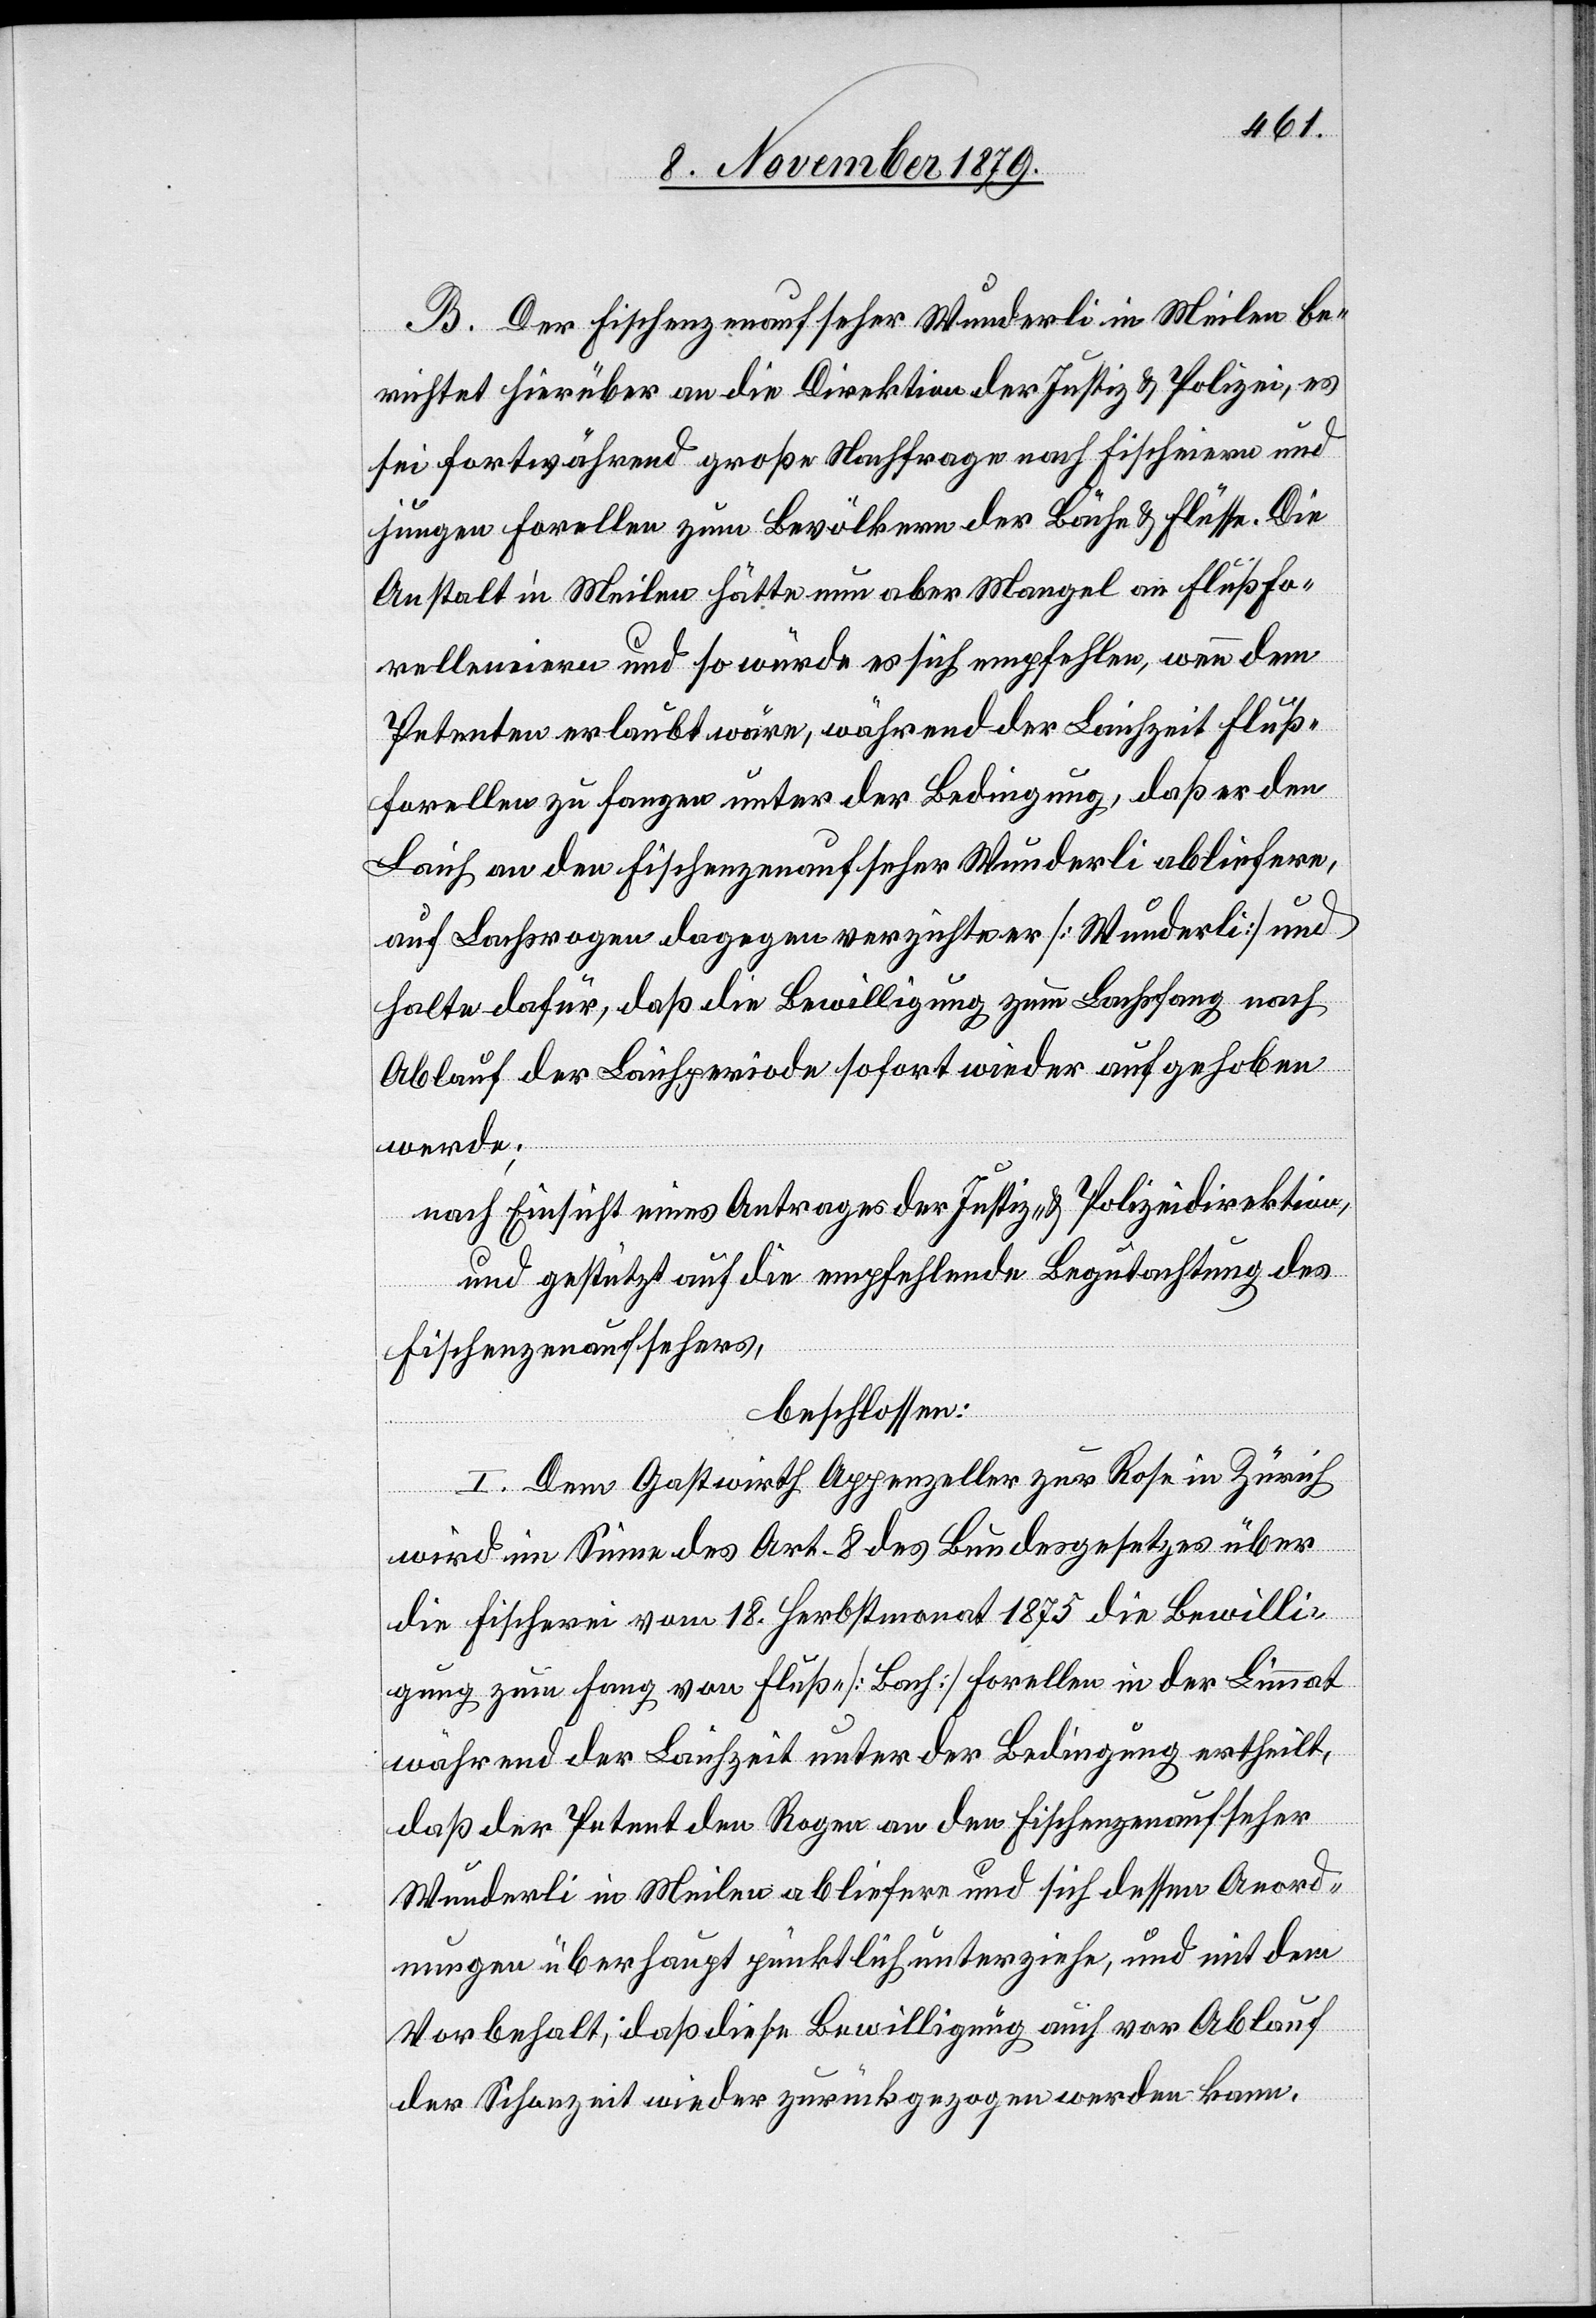
B. Der Fischenzenaufseher Wunderli in Meilen be¬
richtet hierüber an die Direktion der Justiz & Polizei, es
sei fortwährend große Nachfrage nach Fischeiern und
jungen Forellen zum Bevölkern der Bäche & Flüsse. Die
Anstalt in Meilen hätte nun aber Mangel an Flußfo¬
relleneiern und so würde es sich empfehlen, wenn dem
Petenten erlaubt wäre, während der Laichzeit Fluß¬
forellen zu fangen unter der Bedingung, daß er den
Laich an den Fischenzenaufseher Wunderli abliefere,
auf Lachsrogen dagegen verzichte er [Wunderli] und
halte dafür, daß die Bewilligung zum Lachsfang nach
Ablauf der Laichperiode sofort wieder aufgehoben
werde;
nach Einsicht eines Antrages der Justiz- & Polizeidirektion,
und gestützt auf die empfehlende Begutachtung des
Fischenzenaufsehers,
beschlossen:
I. Dem Gastwirth Appenzeller zur Rose in Zürich
wird im Sinne des Art. 8 des Bundegesetzes über
die Fischerei vom 18. Herbstmonat 1875 die Bewilli¬
gung zum Fang von Fluß- [Bach] Forellen in der Limmat
während der Laichzeit unter der Bedingung ertheilt,
das der Petent den Rogen an den Fischenzenaufseher
Wunderli in Meilen abliefere und sich dessen Anord¬
nungen überhaupt pünktlich unterziehe und mit dem
Vorbehalt, daß diese Bewilligung auch vor Ablauf
der Schonzeit wieder zurückgezogen werden kann.